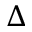
\Delta